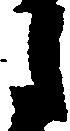
月